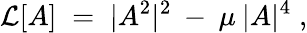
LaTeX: {\cal{L}}[A]\; =\; |A^{2}|^{2}\: -\: \mu\: |A|^{4}\; ,